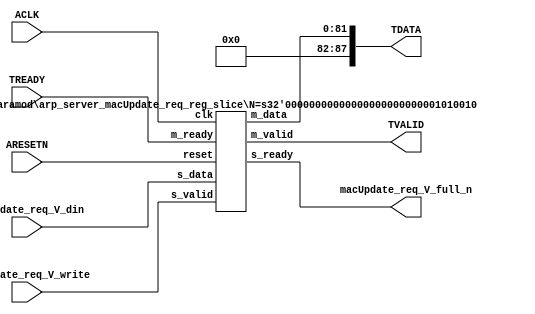
// ==============================================================
// File generated by Vivado(TM) HLS - High-Level Synthesis from C, C++ and SystemC
// Version: 2015.1
// Copyright (C) 2015 Xilinx Inc. All rights reserved.
// 
// ==============================================================


`timescale 1ns/1ps

module arp_server_macUpdate_req_if (
    // AXI4-Stream singals
    input  wire        ACLK,
    input  wire        ARESETN,
    output wire        TVALID,
    input  wire        TREADY,
    output wire [87:0] TDATA,
    // User signals
    input  wire [81:0] macUpdate_req_V_din,
    output wire        macUpdate_req_V_full_n,
    input  wire        macUpdate_req_V_write
);
//------------------------Local signal-------------------
// register slice
wire [0:0]  s_valid;
wire [0:0]  s_ready;
wire [81:0] s_data;
wire [0:0]  m_valid;
wire [0:0]  m_ready;
wire [81:0] m_data;

//------------------------Instantiation------------------
// rs
arp_server_macUpdate_req_reg_slice #(
    .N       ( 82 )
) rs (
    .clk     ( ACLK ),
    .reset   ( ARESETN ),
    .s_data  ( s_data ),
    .s_valid ( s_valid ),
    .s_ready ( s_ready ),
    .m_data  ( m_data ),
    .m_valid ( m_valid ),
    .m_ready ( m_ready )
);

//------------------------Body---------------------------
// AXI4-Stream
assign TVALID                 = m_valid;
assign TDATA                  = m_data[81:0];
// Register Slice
assign s_valid                = macUpdate_req_V_write;
assign m_ready                = TREADY;
assign s_data                 = macUpdate_req_V_din;
// User Signal
assign macUpdate_req_V_full_n = s_ready;

endmodule



`timescale 1ns/1ps

module arp_server_macUpdate_req_reg_slice
#(parameter
    N = 8   // data width
) (
    // system signals
    input  wire         clk,
    input  wire         reset,
    // slave side
    input  wire [N-1:0] s_data,
    input  wire         s_valid,
    output wire         s_ready,
    // master side
    output wire [N-1:0] m_data,
    output wire         m_valid,
    input  wire         m_ready
);
//------------------------Parameter----------------------
// state
localparam [1:0]
    ZERO = 2'b10,
    ONE  = 2'b11,
    TWO  = 2'b01;
//------------------------Local signal-------------------
reg  [N-1:0] data_p1;
reg  [N-1:0] data_p2;
wire         load_p1;
wire         load_p2;
wire         load_p1_from_p2;
reg          s_ready_t;
reg  [1:0]   state;
reg  [1:0]   next;
//------------------------Body---------------------------
assign s_ready = s_ready_t;
assign m_data  = data_p1;
assign m_valid = state[0];

assign load_p1 = (state == ZERO && s_valid) ||
                 (state == ONE && s_valid && m_ready) ||
                 (state == TWO && m_ready);
assign load_p2 = s_valid & s_ready;
assign load_p1_from_p2 = (state == TWO);

// data_p1
always @(posedge clk) begin
    if (load_p1) begin
        if (load_p1_from_p2)
            data_p1 <= data_p2;
        else
            data_p1 <= s_data;
    end
end

// data_p2
always @(posedge clk) begin
    if (load_p2) data_p2 <= s_data;
end

// s_ready_t
always @(posedge clk) begin
    if (~reset)
        s_ready_t <= 1'b0;
    else if (state == ZERO)
        s_ready_t <= 1'b1;
    else if (state == ONE && next == TWO)
        s_ready_t <= 1'b0;
    else if (state == TWO && next == ONE)
        s_ready_t <= 1'b1;
end

// state
always @(posedge clk) begin
    if (~reset)
        state <= ZERO;
    else
        state <= next;
end

// next
always @(*) begin
    case (state)
        ZERO:
            if (s_valid & s_ready)
                next = ONE;
            else
                next = ZERO;
        ONE:
            if (~s_valid & m_ready)
                next = ZERO;
            else if (s_valid & ~m_ready)
                next = TWO;
            else
                next = ONE;
        TWO:
            if (m_ready)
                next = ONE;
            else
                next = TWO;
        default:
            next = ZERO;
    endcase
end

endmodule